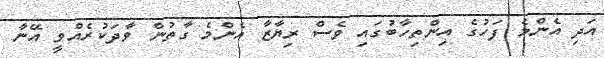
އަދި އެންމެ ފަހުގެ އިންތިހާބުގައި ވެސް ރިޔާޒާ އެންމެ ގާތުން ވާދަކުރެއްވީ އޭނާ